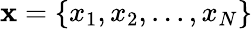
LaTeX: \mathbf{x}=\{ x_{1},x_{2},...,x_{N}\}